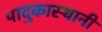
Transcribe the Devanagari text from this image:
पादुकास्थानी